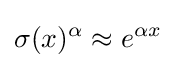
\sigma (x)^{\alpha }\approx e^{\alpha x}